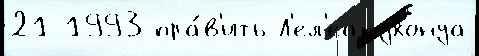
21 1993 пра́в'ить Л'ел'еакухонуа